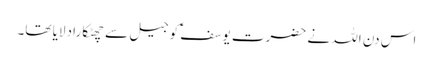
اس دن اللہ نے حضرت یوسفؑ کو جیل سے چھٹکارا دلایا تھا۔